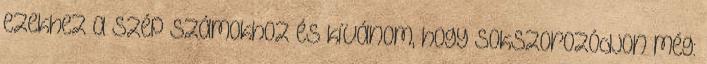
ezekhez a szép számokhoz és kívánom, hogy sokszorozódjon még: